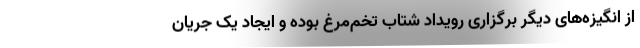
از انگیزه‌های دیگر برگزاری رویداد شتاب تخم‌مرغ بوده و ایجاد یک جریان